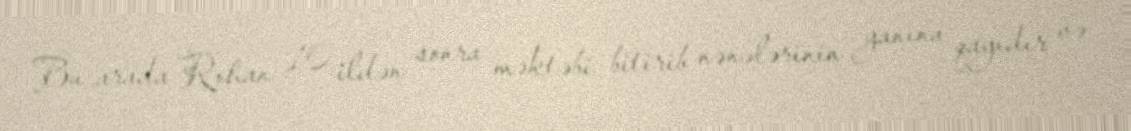
Bu arada Rohan 10 ildən sonra məktəbi bitirib nənələrinin yanına qayıdır və